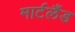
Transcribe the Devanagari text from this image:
मार्टलैंड